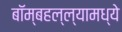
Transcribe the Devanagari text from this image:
बॉम्बहल्ल्यामध्ये